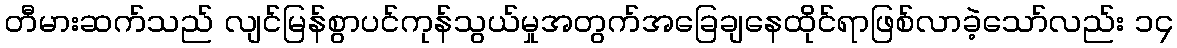
တီမားဆက်သည် လျင်မြန်စွာပင်ကုန်သွယ်မှုအတွက်အခြေချနေထိုင်ရာဖြစ်လာခဲ့သော်လည်း ၁၄